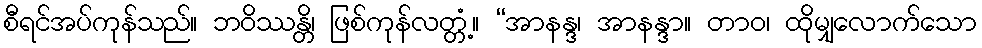
စီရင်အပ်ကုန်သည်။ ဘဝိဿန္တိ၊ ဖြစ်ကုန်လတ္တံ့။ “အာနန္ဒ၊ အာနန္ဒာ။ တာဝ၊ ထိုမျှလောက်သော